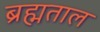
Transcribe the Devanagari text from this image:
ब्रह्मताल